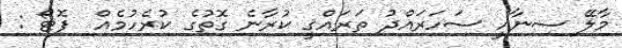
މާލޭ ސިނާއީ ސަހަރައްދު ތަރައްޤީ ކުރާނެ ގޮތުގެ ކުރެހުމެއް  ފޮޓޯ :